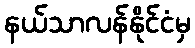
နယ်သာလန်နိုင်ငံမှ